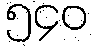
၅၄၀